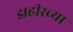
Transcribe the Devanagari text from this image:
झहीरच्या